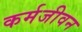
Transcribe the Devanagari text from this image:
कर्मजीवन